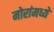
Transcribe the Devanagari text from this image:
मोरांमध्ये